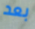
بعد